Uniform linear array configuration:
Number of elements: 64
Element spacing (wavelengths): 0.25
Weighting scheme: exponential
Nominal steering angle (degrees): -60
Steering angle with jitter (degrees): -58.137
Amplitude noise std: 0.05
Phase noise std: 0.05

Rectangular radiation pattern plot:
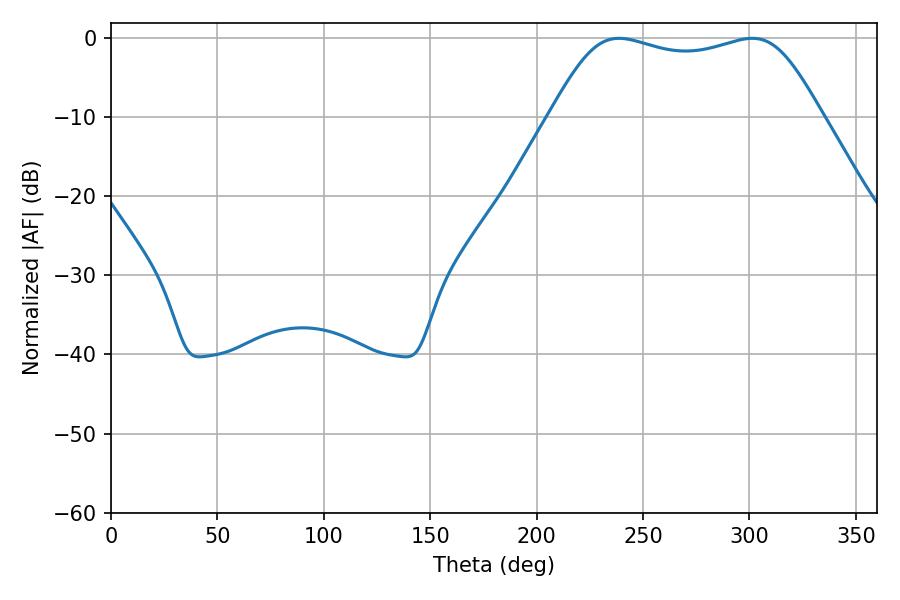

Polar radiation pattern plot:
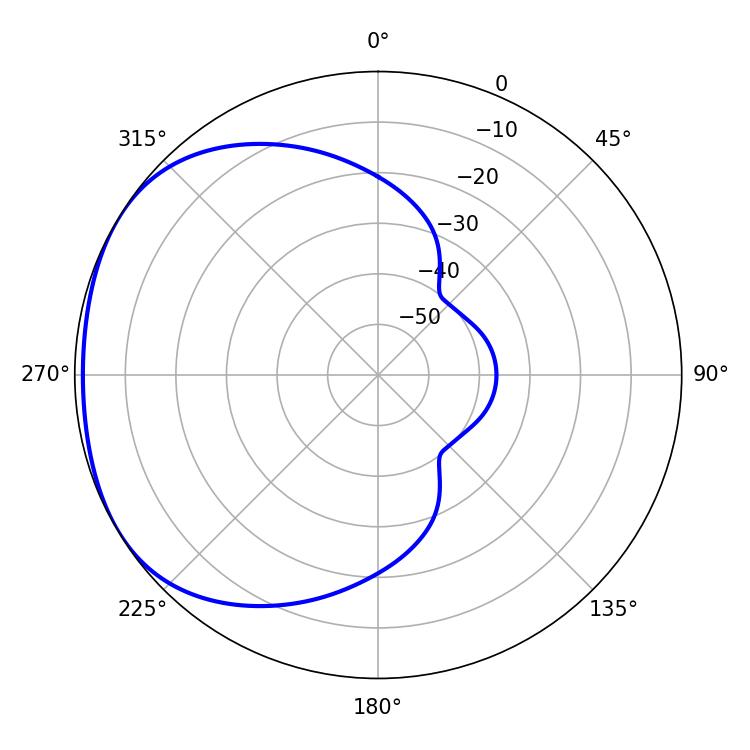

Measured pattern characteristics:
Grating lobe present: FALSE
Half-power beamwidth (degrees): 98.28
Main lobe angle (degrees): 301.32